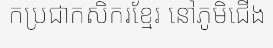
កប្រជាកសិករខ្មែរ នៅភូមិជើង